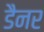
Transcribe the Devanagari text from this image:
डैनर